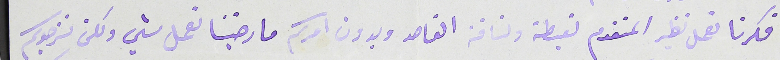
فكرنا نعمل نظير المتقدم لغبطته ولنافته القاصد وبدون امركم ما رضينا نعمل شي ولكن نرجوكم